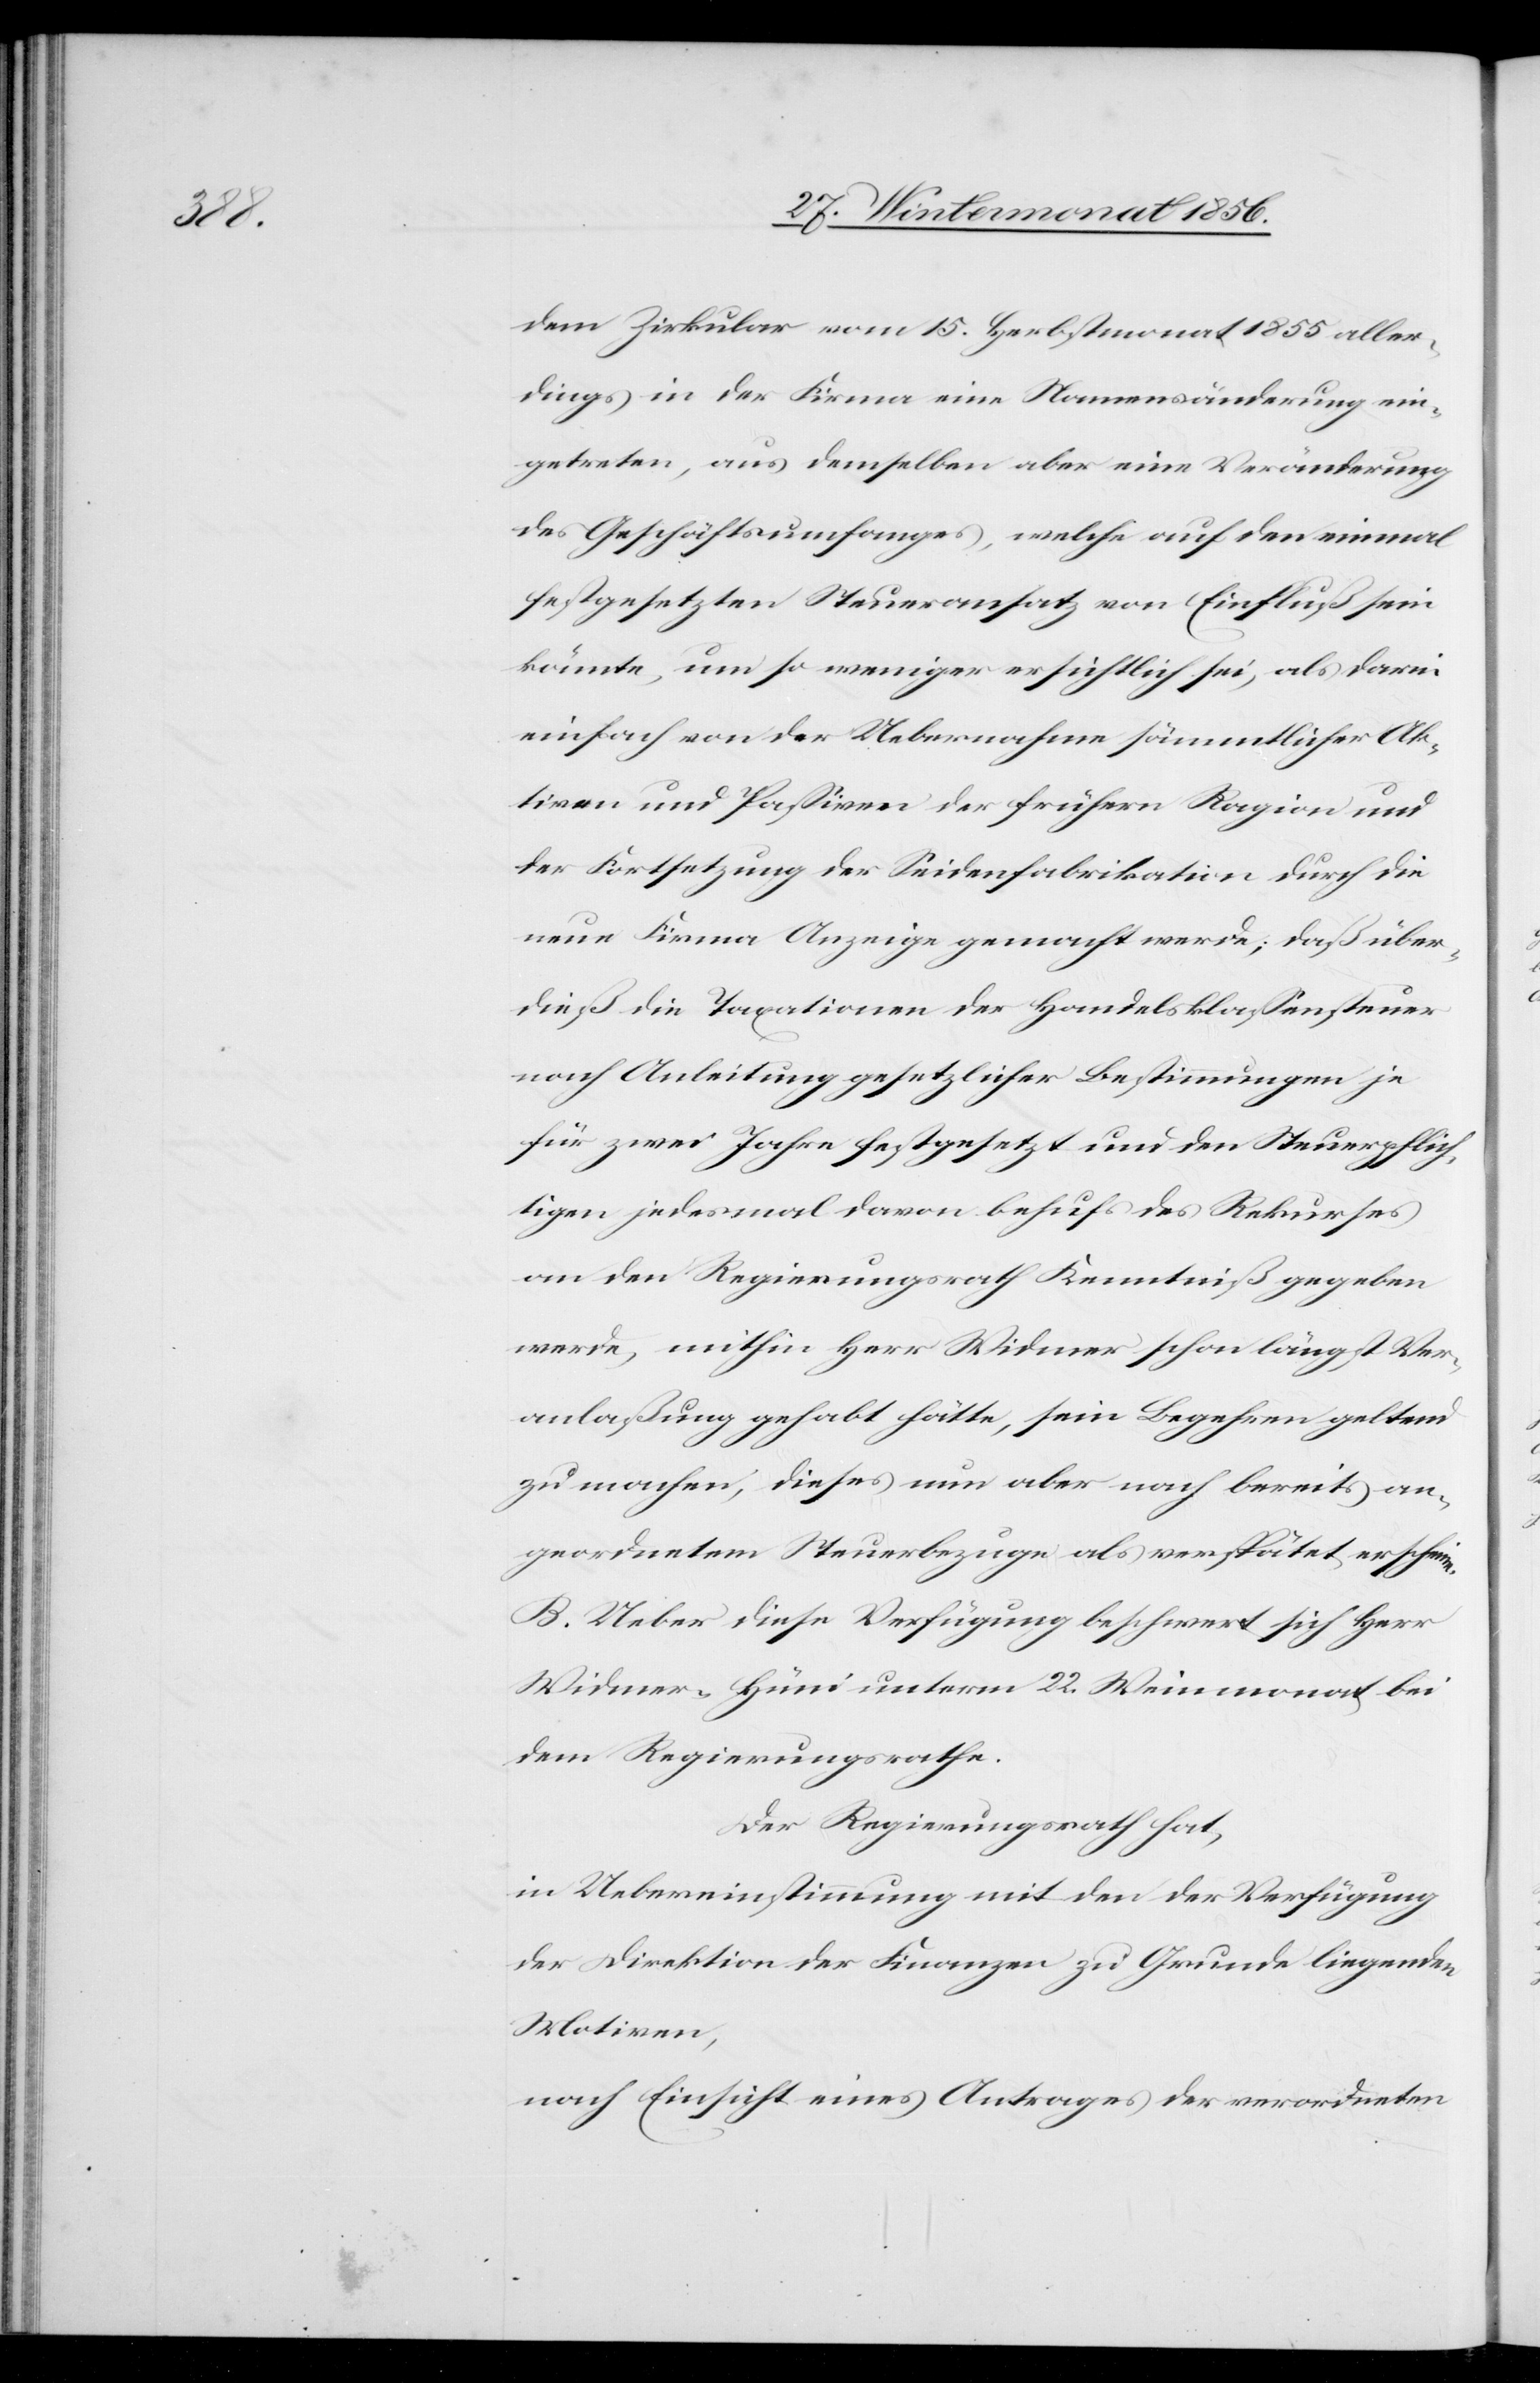
dem Zirkular vom 15. Herbstmonat 1855 aller¬
dings in der Firma eine Namensänderung ein¬
getreten, aus demselben aber eine Veränderung
des Geschäftsumfanges, welche auf den einmal
festgesetzten Steueransatz von Einfluß sein
könnte, um so weniger ersichtlich sei, als darin
einfach von der Uebernahme sämmtlicher Ak¬
tiven und Passiven der frühern Ragion und
der Fortsetzung der Seidenfabrikation durch die
neue Firma Anzeige gemacht werde; daß über¬
dieß die Taxationen der Handelsklassensteuer
nach Anleitung gesetzlicher Bestimmungen je
für zwei Jahre festgesetzt und den Steuerpflich¬
tigen jedesmal davon behufs des Rekurses
an den Regierungsrath Kenntniß gegeben
werde, mithin Herr Widmer schon längst Ver¬
anlaßung gehabt hätte, sein Begehren geltend
zu machen; dieses nun aber nach bereits an¬
geordnetem Steuerbezuge als verspätet erscheine.
B. Ueber diese Verfügung beschwert sich Herr
Widmer-Hüni unterm 22. Weinmonat bei
dem Regierungsrathe.
Der Regierungsrath hat,
in Uebereinstimmung mit den der Verfügung
der Direktion der Finanzen zu Grunde liegenden
Motiven,
nach Einsicht eines Antrages der verordneten